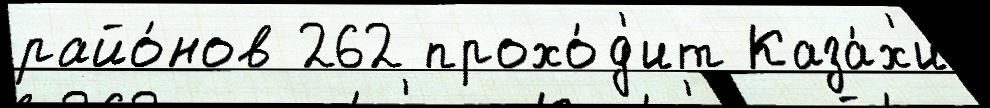
райо́нов 262 прохо́д'ит Каза́х'и